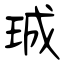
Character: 珹